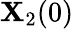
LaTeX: \mathbf{X}_{2}(0)